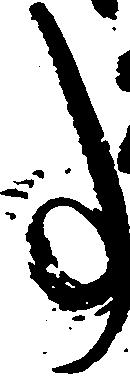
事